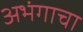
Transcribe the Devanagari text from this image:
अभंगाचा